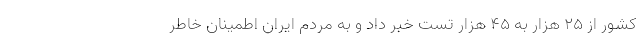
کشور از ۲۵ هزار به ۴۵ هزار تست خبر داد و به مردم ایران اطمینان خاطر